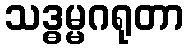
သဒ္ဓမ္မဂရုတာ